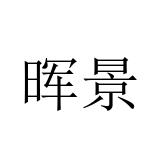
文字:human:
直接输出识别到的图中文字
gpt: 晖景